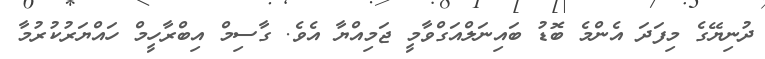
ދުނިޔޭގެ މިފަދަ އެންމެ ބޮޑު ބައިނަލްއަގްވާމީ ޖަމިއްޔާ އެވެ. ގާސިމް އިބްރާހީމް ހައްޔަރުކުރުމާ